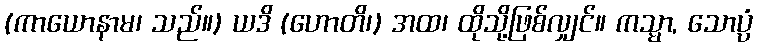
(ကာယောနာမ၊ သည်။) ယဒိ (ဟောတိ၊) အထ၊ ထိုသို့ဖြစ်လျှင်။ ကသ္မာ, သောပ္ပံ